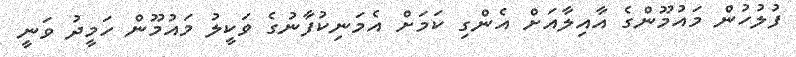
ފުލުހުން މައުމޫންގެ އާއިލާއަށް އެންގި ކަމަށް އެމަނިކުފާނުގެ ވަކީލު މައުމޫން ހަމީދު ވަނީ